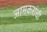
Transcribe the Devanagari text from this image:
जामकरांची